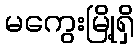
မကွေးမြို့ရှိ